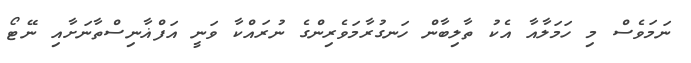
ނަމަވެސް މި ހަމަލާއާ އެކު ތާލިބާން ހަނގުރާމަވެރިންގެ ނުރައްކާ ވަނީ އަފްޣާނިސްތާނަށާއި ނޭޓޯ